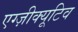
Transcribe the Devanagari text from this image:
एग्ज़ीक्यूटिव